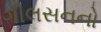
ગીલસનનો